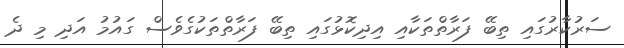
ސަރުކާރުގައި ތިބޭ ފަރާތްތަކާއި އިދިކޮޅުގައި ތިބޭ ފަރާތްތަކުގެވެސް ގައުމު އަދި މި ދެ